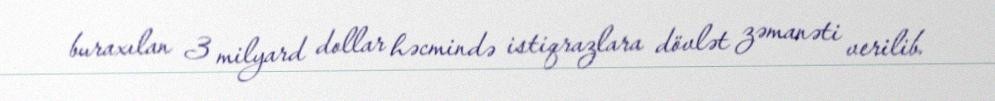
buraxılan 3 milyard dollar həcmində istiqrazlara dövlət zəmanəti verilib.